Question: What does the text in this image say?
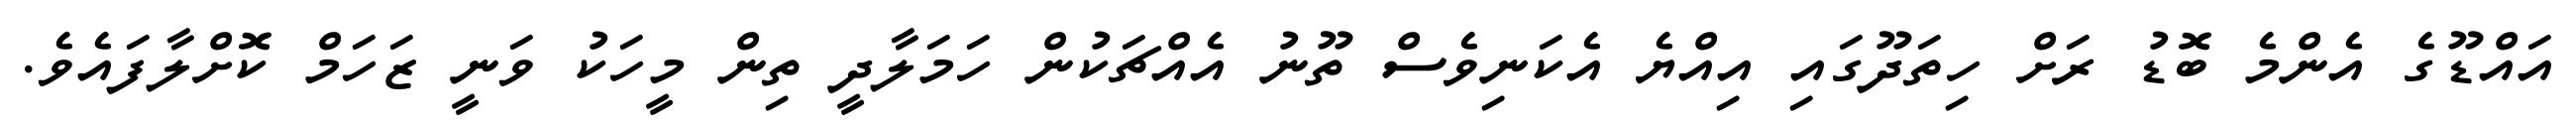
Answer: އައްޑޫގެ އެންމެ ބޮޑު ރަށް ހިތަދޫގައި އިއްޔެ އެކަނިވެސް ތޫނު އެއްޗަކުން ހަމަލާދީ ތިން މީހަކު ވަނީ ޒަހަމް ކޮށްލާފައެވެ.